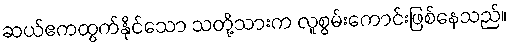
ဆယ်ဧကထွက်နိုင်သော သတို့သားက လူစွမ်းကောင်းဖြစ်နေသည်။